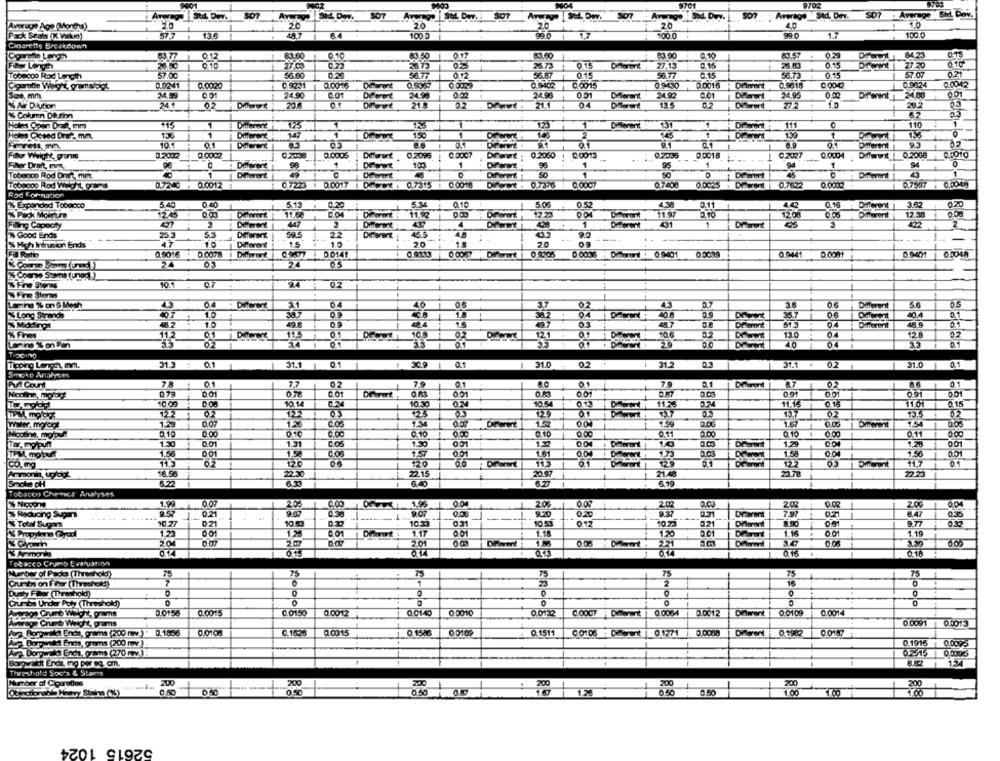
804
9702
$703
100
Average Sti. Dey.
SOT
Average
SHL. Dwy.
S07 Average Std. Dav. S07: Average Siel Dov.
20
Average Age (Months)
2.0
20
4.0
Pack Seals (K Value)
84
100 0
00 0
100 0
1.7
100.0
Ciosarette Breakdown
13.77
0.10
0.29
015
83.60
0.10
83.50 1
017
Diferent : 64.23
Fiaor Length
27.00
2873
2673
0.15
27.13
0.15
27-20
0.10
Tobacco Rod Length
57.00
66 60
0.15
0.15
58.73
0.15
57.07
0.21
0.9241
0.9402
09430
0.0016
0.9824
0.0042
0.0020
C 9231
0.0016
0.9357
0 0015
Onment
0.9618
See, mm.
001
24.90
0.01
Different
24.98
24.98
0.01
Different
24.92
0.01
24.95
0.02
Diferent
24.00
00
% Ar DiAton
02
21.
21.1
135
272
28 7
% Column De Fion
67
110
Holes Opar Det, mm
125
175
1
131
1
111
0
1
Holes Cloned Drer mm.
1
Different
147
1
150
2
Different
04
Omferent
95
02
0.0002
0.000%
Diwut 0.2095.1
0.0007
Drout :
0.2060
0.0013
0.7445
D.0018
0.2027
0.0004
Diffwwit | 0.2008
Diferent
1
103
1
95
95
94
1
94
0
Tobeoco Rod Draft, mm
Different
49
Different
Diferent
50
Different
1
0.0002
1000000 Rod Weight grams
0,7240 . 0.0012 1
07223 1 0.0017 | DICE : 0.7315 . 00018
Dirwwe . 0.7376 !
C.0007
0.7408
0.0025
Dr went 0.7622
0,7597 . 0.0040
Rod Formation
%% Expanded Tobacco
5.40
0.00
5.13
0.20
5.34
0.10 :
5.08
0.52
4.38
0.11
4.42
0.16
Different | 3.62
0.20
% Pack Monture
12.45 *
0.00
11.68
Different
11.92
11.97
0.10
0.05
1208
12.38
Filling Capecity
3
Different
49
4
428
1
431
1
3
2
1% Good Ends
25.5
53
Different
22
Different
4.3
9.0
% Hyha Intrusion Ends
47
15
10
20
..
20
--
FIS Porto
0.5016 : 0.0078 | Diferent
0.9577 0.0141
0 0057
0 8205
0 0036 1 : 0.9401
0 0039
0.0441
0.0081
0.9401
03
65
1% Fine Stores
07
2.4
% Fire Storms
Lamina % on & Mesh
4.3
40
1
02
43
3.0
06
Different
5.6
40.7
% Long Strands
18
408
35.7
06
40.4
% Middings
48.2 .
10
484
51.
0.4
Different
46.9
% Fines
11.2
01
11.5
01
0.2
121
0.1
10€
13.0
02
Laning % on Pan
40
Tiocing
Tipping Length, Inm.
31.3 : 0.1
31.1 | 01
30.9
0.1
31.0
0.2
: 31.2
0.3
1
31.1 . 02
31.0
1
0.1
Smoke Analyses
78
01
7.7
02
7.9
8.0
79
0.1
87
01
0 78
001
OR
00
091
10.09
10.14
02
10.30
024
10.44
0.12
11.36
0.74
11.15
0.16
0.15
129
137
Water, morcgt
1.27
1.59
Omerent
0.05
Moothe, mojour
0.10
2.00
0.00
0.10
0.00
0.00
0.11
0.10
0.00
0.11
001
S
1.30
0.01
1.31
1.50
1.52
0.04
Deorant :
10
1.29
TPM, motaf
1.56
001
1.50
C.O
1.5
0.01
1.61
0.04
1.58
00
150
CO, mg
113
12℃
00
120
113
123
11.7
16.58
22.15
20.97
21.48
Ammonia, uplagt
1
Smoke pf
6.40
-
1
Tobacco Cherreca Analyses
20
0.00
20%
O.OR
200
0.04
26 Miggone
0.04
2.02
7% Reducing Sugars
J __. 0.21
0.50
9.07
0.00
---
9.20
0.20
DEwent
7.97
8.47
0.35
% Total Sugus
10.27
D71
10.03
10.1
031
10.53
10.23
02
030
1.23
1%
1.17
1.18
1.20
1.16
00
1.19
20
207
201
005
221
014
0.14
0.10
Tobacco Crumb Evaluation
Number of Packs (Threshold)
75
75
75
75
75
75
Crumb on Firer (Threshold)
1
2
16
Dusty Filer (Threshold)
0
0
Crumbs Under Puly (Threshold)
Average Crumb Weight, grams
0.0150
0.0015
C.0150
0.0012
0.0140
0.0010
0.0132
0.0007 | Diferent
0.0064
0.0012
Diwent
0.0109
0.0014
Avwege Crumb Wieght, prams
0.0091
0.0013
Avp Porparka Ende, grams (200 mv.) . 0.1856
0.0100
C.1625
0.0015
0.1543
0.1511
0.1771
0.0008
Diwent 0.1983
Borgerstd Bris, grams (200 rev.)
0.1916
0.0093
Avg. Dorperdla Ends, grams (270 mmv.)
0.2515 0.0393
Borowaicht Ends mg por c. om.
8.82
134
Threshold Soo's & Stars
Number of Coarulles
200
200
200
200
200
Obiactionhis Hitvy Stains (2%)
0.50
1.26
0.50
0.50
8
1.00
1
200
52615 1024